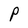
Character: P